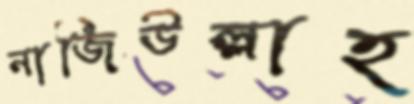
নাজিউল্লাহ